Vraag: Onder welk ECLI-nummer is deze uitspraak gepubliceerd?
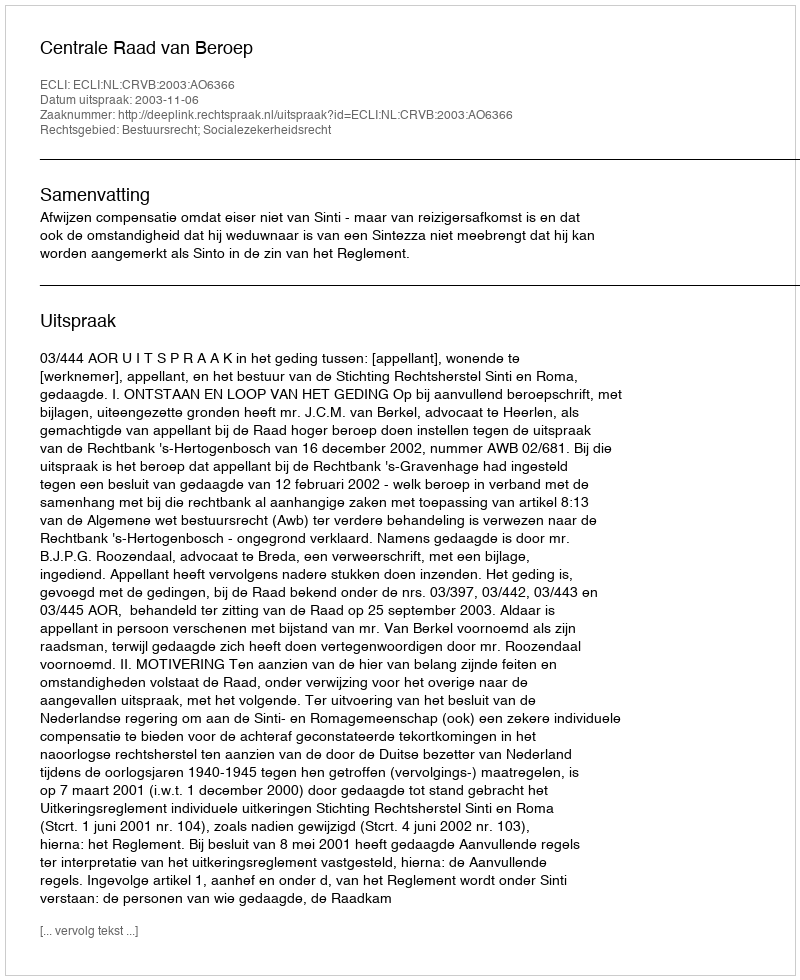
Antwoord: ECLI:NL:CRVB:2003:AO6366